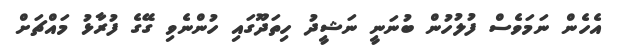
އެހެން ނަމަވެސް ފުލުހުން ބުނަނީ ނަޝީދު ހިތަދޫގައި ހުންނެވި ގޭގެ ފުރާޅު މައްޗަށް